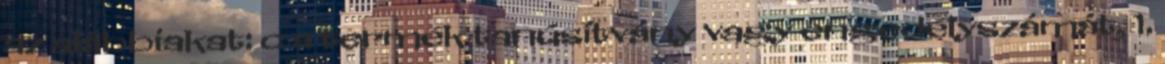
az alábbiakat: c a termék tanúsítvány vagy engedélyszámát, 1.